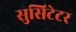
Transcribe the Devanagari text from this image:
सुसिटेटर